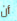
أن